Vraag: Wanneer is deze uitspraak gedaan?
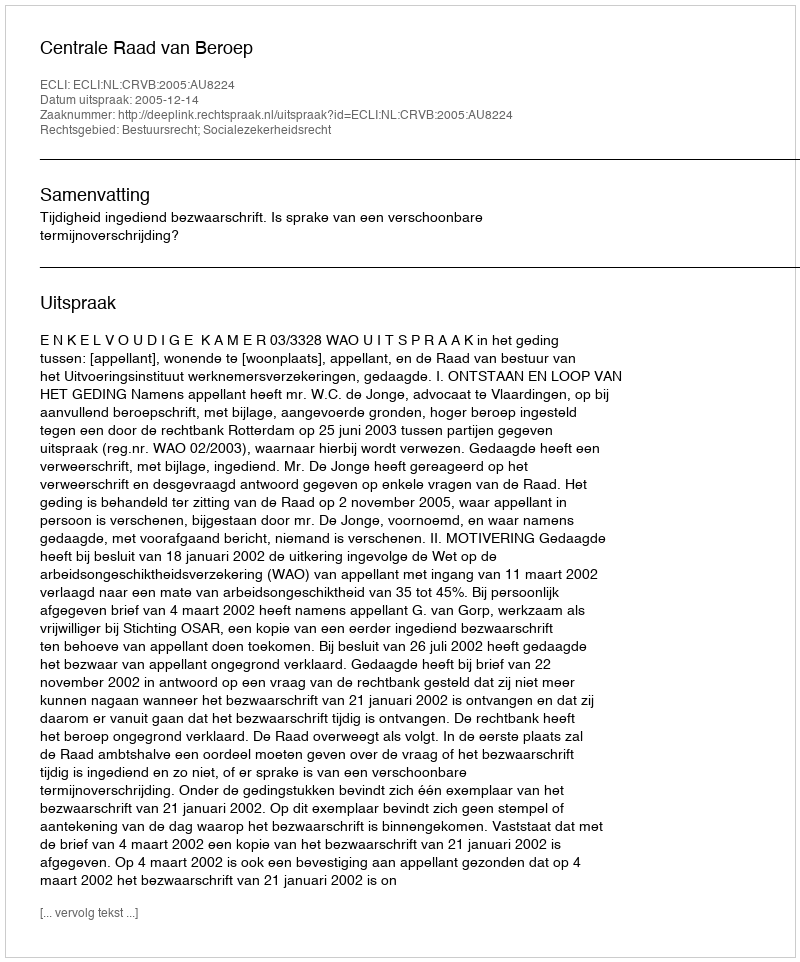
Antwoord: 2005-12-14